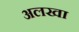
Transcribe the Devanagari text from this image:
अलखा